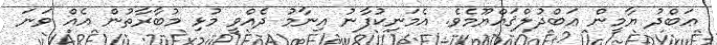
ޢަބްދު ޔާމީން ޢަބްދުލްޤައްޔޫމެވެ. އެމަނިކުފާނު އިނާމު ދެއްވީ މުޅި މުބާރާތުން އެއް ވަނަ